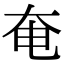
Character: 奄